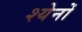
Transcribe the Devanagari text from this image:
श्येनों